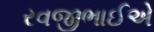
રવજીભાઈએ